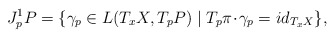
\begin{align*}J^1_pP=\{\gamma_p\in L(T_xX,T_pP)\mid T_p\pi\!\cdot\!\gamma_p=id_{T_xX}\},\end{align*}